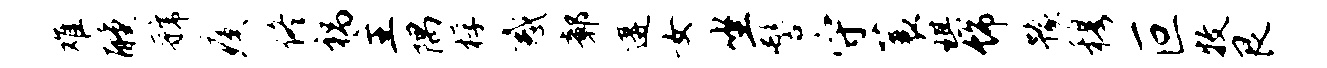
难醺虢瘼佟祸主隅桴惑鄣遘女坐髻守蓑琪饰豫穆叵牧艮